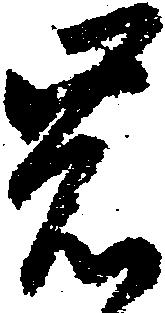
岩